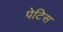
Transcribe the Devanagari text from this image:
पेटिस